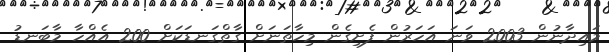
މައިދާނުން 2003 ވަނަ އަހަރުން ފެށިގެން މިހާތަނަށް ގާތްގަނޑަކަށް 200 އެއްހާ މާބަނޑު